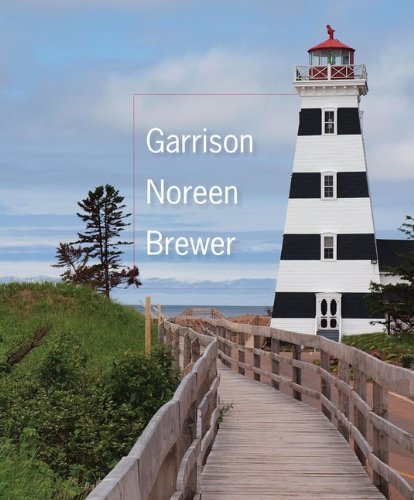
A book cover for Managerial Accounting; Ray Garrison; Business & Money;